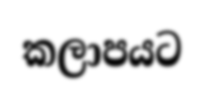
කලාපයට